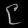
Digit: ၉